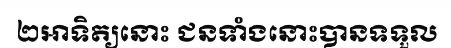
២អាទិត្យនោះ ជនទាំងនោះបានទទួល